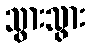
သွားသွား